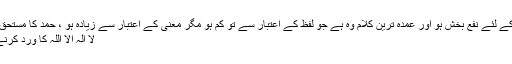
یقیناً بہترین آدمی وہ ہے جو لوگوں کے لئے نفع بخش ہو اور عمدہ ترین کلام وہ ہے جو لفظ کے اعتبار سے تو کم ہو مگر معنیٰ کے اعتبار سے زیادہ ہو ، حمد کا مستحق تو بس اللہ تعالیٰ ہی ہے اور بیشک
لا الہ الا اللہ کا ورد کرنے والا بلندیوں پر گامزن ہوجاتا ہے۔